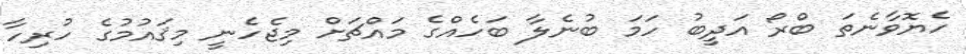
ހެޔޮވާނެތަ ބްރޯ އަދީބު ހަމަ ބުނެލާ ބަހެއްގެ މައްޗަށް މިޖެހެނީ މިޤައުމުގެ ހުރިހާ